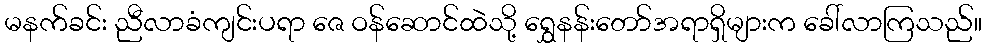
မနက်ခင်း ညီလာခံကျင်းပရာ ဇေ ဝန်ဆောင်ထဲသို့ ရွှေနန်းတော်အရာရှိများက ခေါ်လာကြသည်။